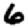
Digit: 6